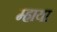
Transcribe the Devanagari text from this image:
म्हाया